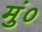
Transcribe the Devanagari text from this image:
मुं०